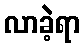
လာခဲ့ရာ